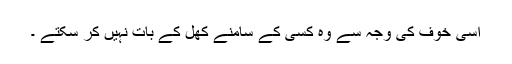
اسی خوف کی وجہ سے وہ کسی کے سامنے کھل کے بات نہیں کر سکتے ۔